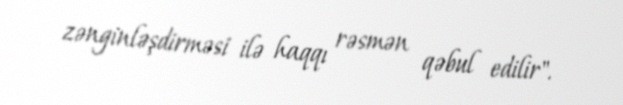
zənginləşdirməsi ilə haqqı rəsmən qəbul edilir".